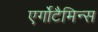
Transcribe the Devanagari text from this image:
एर्गोटैमिन्स